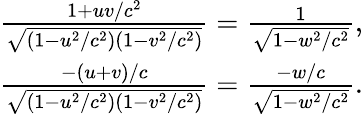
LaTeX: \begin{array}{r}{\frac{1+uv/c^{2}}{\sqrt{(1-u^{2}/c^{2})(1-v^{2}/c^{2})}}=\frac{1}{\sqrt{1-w^{2}/c^{2}}},}\\ {\frac{-(u+v)/c}{\sqrt{(1-u^{2}/c^{2})(1-v^{2}/c^{2})}}=\frac{-w/c}{\sqrt{1-w^{2}/c^{2}}}.}\end{array}